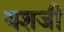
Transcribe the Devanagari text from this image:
यशजी